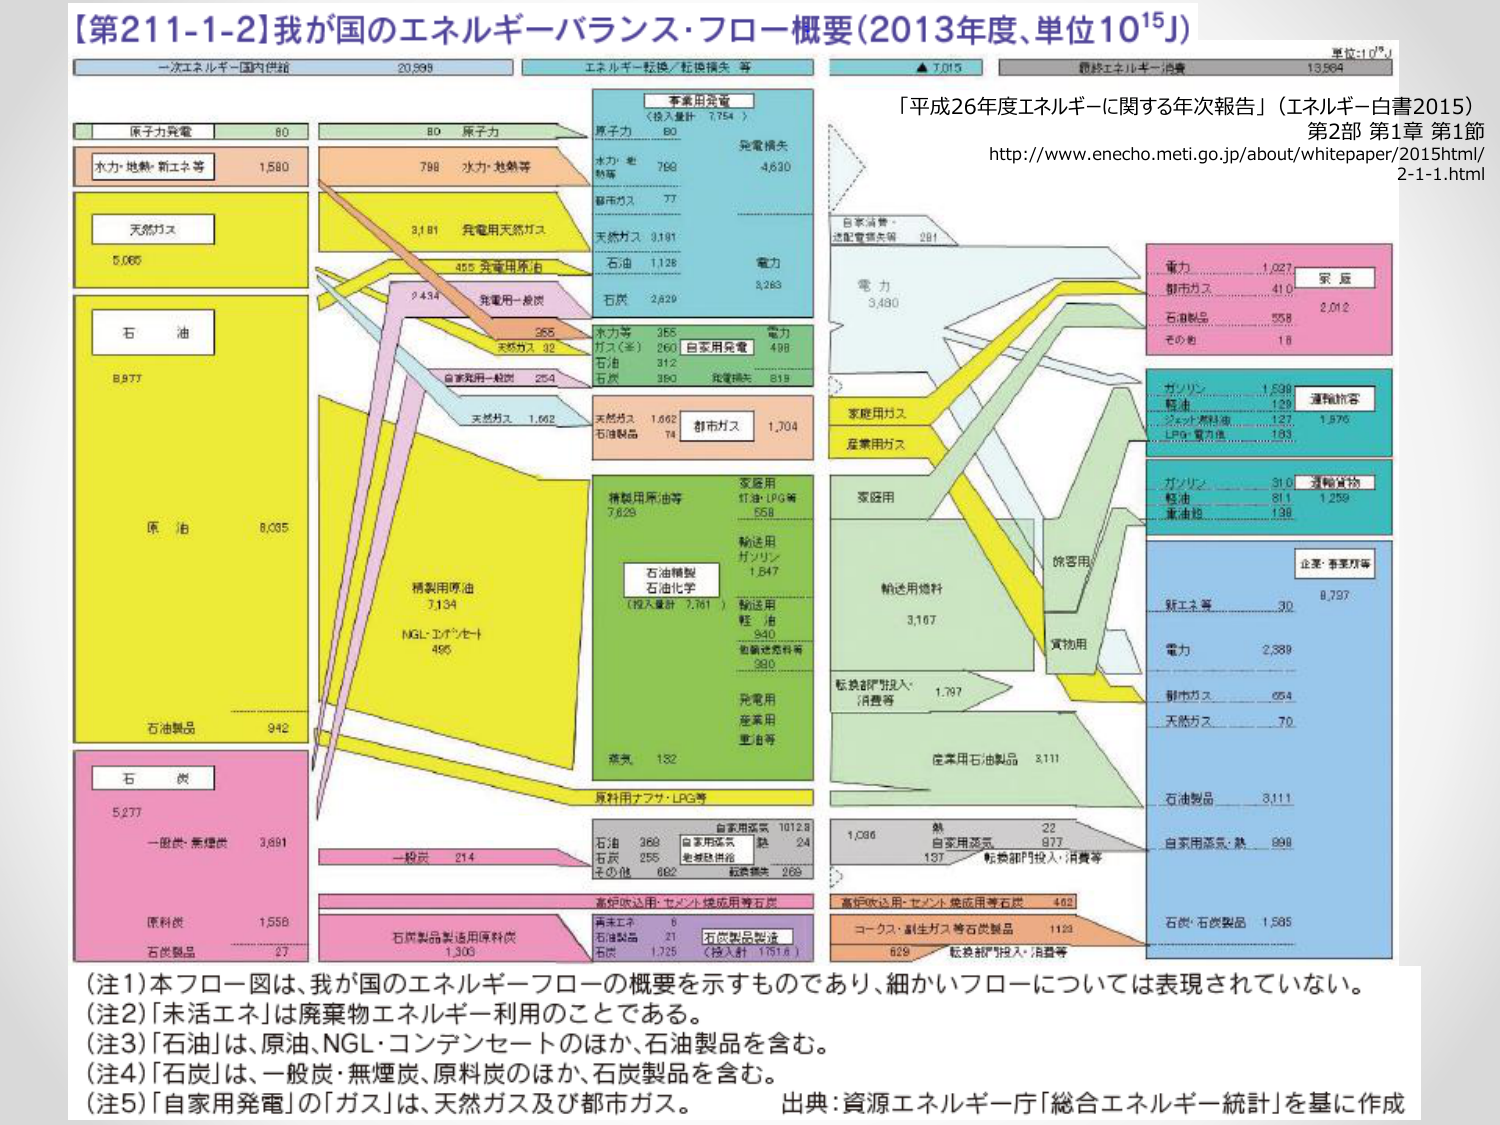
【第211-1-2】我が国のエネルギー・バランス・フロー概要（2013年度、単位10¹⁵J）

一次エネルギー国内供給 20,599
エネルギー転換／転換損失等 ▲7,015
最終エネルギー消費 13,584
単位：10¹⁵J

原子力発電 80
原子力 80
水力・地熱・新エネ等 1,580
水力・地熱等 798
天然ガス 5,066
発電用天然ガス 3,181
石油 8,977
発電用重油 455
発電用一般油 9,434
原 油 8,035
精製用原油等 7,628
精製用原油 7,134
NGL・コンデンセート 495
石油製品 942
石 炭 5,277
一般炭・無煙炭 3,691
原料炭 1,558
石炭製品 27

事業用発電（投入量計 7,754）
原子力 80
水力・地熱等 798
都市ガス 77
天然ガス 3,181
石油 1,126
石炭 2,829
発電損失 4,630
電力 8,263
水力等 355
ガス（等） 260
天然ガス 32
石油 312
石炭 350
自家用発電 498
発電損失 819

天然ガス 1,662
石油製品 74
都市ガス 1,704

家庭用
灯油・LPG等 558
輸送用
ガソリン 1,547
軽 油 940
自動車燃料等 980
発電用
産業用
重油等

蒸気 182
原料用ナフサ・LPG等

石炭製品製造用原料炭 1,303
石炭製品製造（投入計 1,618）
青炭工ホ 6
石炭製品 21
石炭 1,725

自家用ガス 1012.8
自家用電気 24
その他 682
転換損失 268

電 力 3,480
自家消費・
送配電損失等 281

家庭用ガス
産業用ガス

輸送用燃料 3,167

販売部門投入・
消費等 1,797

産業用石油製品 3,111

熱 22
自家用添気 137
転換部門投入・消費等 877

高炉吹込用・セメント焼成用等石炭 462
コークス・副生ガス等石炭製品 1121
転換部門投入・消費等 629

電力 1,027
都市ガス 410
石油製品 558
その他 16
家 庭 2,012

ガソリン 1,539
軽油 129
ジェット燃料等 127
LPG・重油等 134
運輸旅客 1,976

ガソリン 310
軽油 811
重油等 136
運輸貨物 1,259

企業・事業所等 8,797
新エネ等 30
電力 2,389
都市ガス 654
天然ガス 70

石油製品 3,111
自家用添気・熱 996

石炭・石炭製品 1,585

（注1）本フロー図は、我が国のエネルギーフローの概要を示すものであり、細かいフローについては表現されていない。
（注2）「未活エネ」は廃棄物エネルギー利用のことである。
（注3）「石油」は、原油、NGL・コンデンセートのほか、石油製品を含む。
（注4）「石炭」は、一般炭・無煙炭、原料炭のほか、石炭製品を含む。
（注5）「自家用発電」の「ガス」は、天然ガス及び都市ガス。

出典：資源エネルギー庁「総合エネルギー統計」を基に作成

「平成26年度エネルギーに関する年次報告」（エネルギー白書2015）
第2部 第1章 第1節
http://www.enecho.meti.go.jp/about/whitepaper/2015html/2-1-1.html